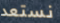
نستعد